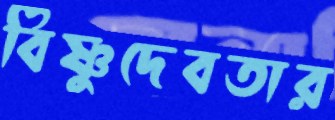
বিষ্ণুদেবতার